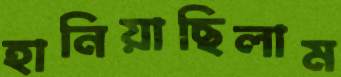
হানিয়াছিলাম